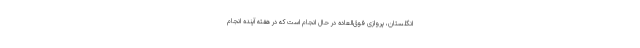
انگلستان، پروازی فوق‌العاده در حال انجام است که در هفته آینده انجام